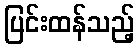
ပြင်းထန်သည့်